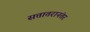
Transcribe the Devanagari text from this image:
सत्तातरानंतर